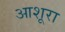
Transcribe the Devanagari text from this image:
आशूरा